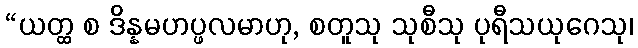
“ယတ္ထ စ ဒိန္နမဟပ္ဖလမာဟု, စတူသု သုစီသု ပုရီသယုဂေသု၊